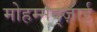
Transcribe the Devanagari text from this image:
मोहम्मद्ज़ाई